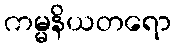
ကမ္မနိယတရော